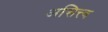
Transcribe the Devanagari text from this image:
असित्त्व